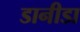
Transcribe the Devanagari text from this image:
डानीडा